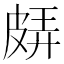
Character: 𤿬